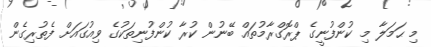
މި ޙަމަލާ މި ކުންފުނީގެ ޕްރޮގްރާމުތައް ބޭނުން ކުރާ ކުންފުނިތަކުގެ ވިއުގައަށް ފެތުރިގެން